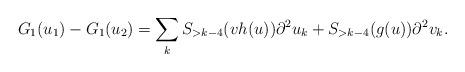
LaTeX: \begin{align*}G_1(u_1) - G_1(u_2) = \sum_k S_{>k-4}( v h(u)) \partial^2 u_k + S_{> k-4}(g(u)) \partial^2 v_k.\end{align*}